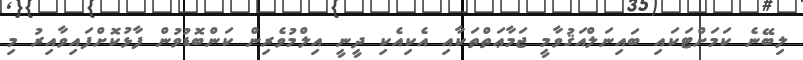
ލިބޭނެ ކަމަށްޓަކައި ބައިނަލްއަޤުވާމީ ޖަމާޢަތްތަކާއި އެކިއެކި ދީނީ އިލްމުވެރިން ކަންބޮޑުވުން ފާޅުކޮށްފައިވާއިރު މި